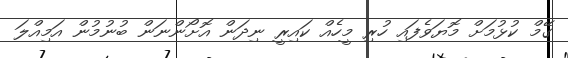
ގޭމް ކުޅުމަށް މޮޔަވެފައި ހުރި މީހެއް ކައިރީ ނިދަން އޮށޯންނަން ބުނުމުން އަމިއްލަ